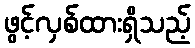
ဖွင့်လှစ်ထားရှိသည့်